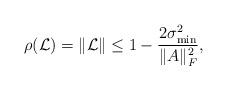
LaTeX: \begin{align*}\begin{aligned}\rho(\mathcal{L})=\|\mathcal{L}\| \leq 1-\frac{2\sigma_{\min}^2}{\|A\|_F^2},\end{aligned}\end{align*}